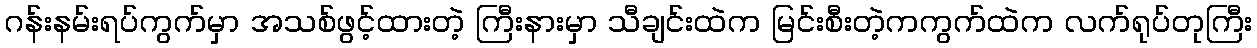
ဂန်းနမ်းရပ်ကွက်မှာ အသစ်ဖွင့်ထားတဲ့ ကြီးနားမှာ သီချင်းထဲက မြင်းစီးတဲ့ကကွက်ထဲက လက်ရုပ်တုကြီး